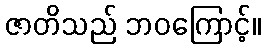
ဇာတိသည် ဘဝကြောင့်။